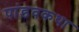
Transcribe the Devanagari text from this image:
पांडवकथा